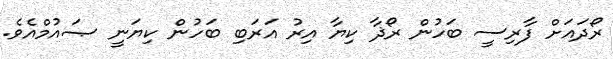
ރޯދައަށް ފާރިސީ ބަހުން ރޯޛާ ކިޔާ އިރު އަރަބި ބަހުން ކިޔަނީ ޞައުމްއެވެ.